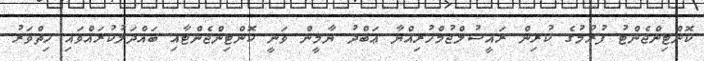
ކޮންޓިންޖެންޓު ފުރުމުގެ ކުރިން ރައީސުލްޖުމްހުރިއްޔާ ޢަބްދު ޔާމީން ވަނީ ކޮންޓިންޖެންޓާއި ބައްދަލުކުރައްވައި ހިތްވަރު